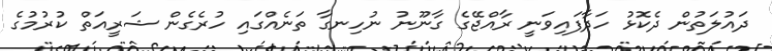
ދައުލަތުން ދެކޮޅު ހަދާފައިވަނީ ރާއްޖޭގެ ގާނޫނު ނުހިނގާ ތަނެއްގައި ހުރެގެން ޝަރީއަތް ކުރުމުގެ